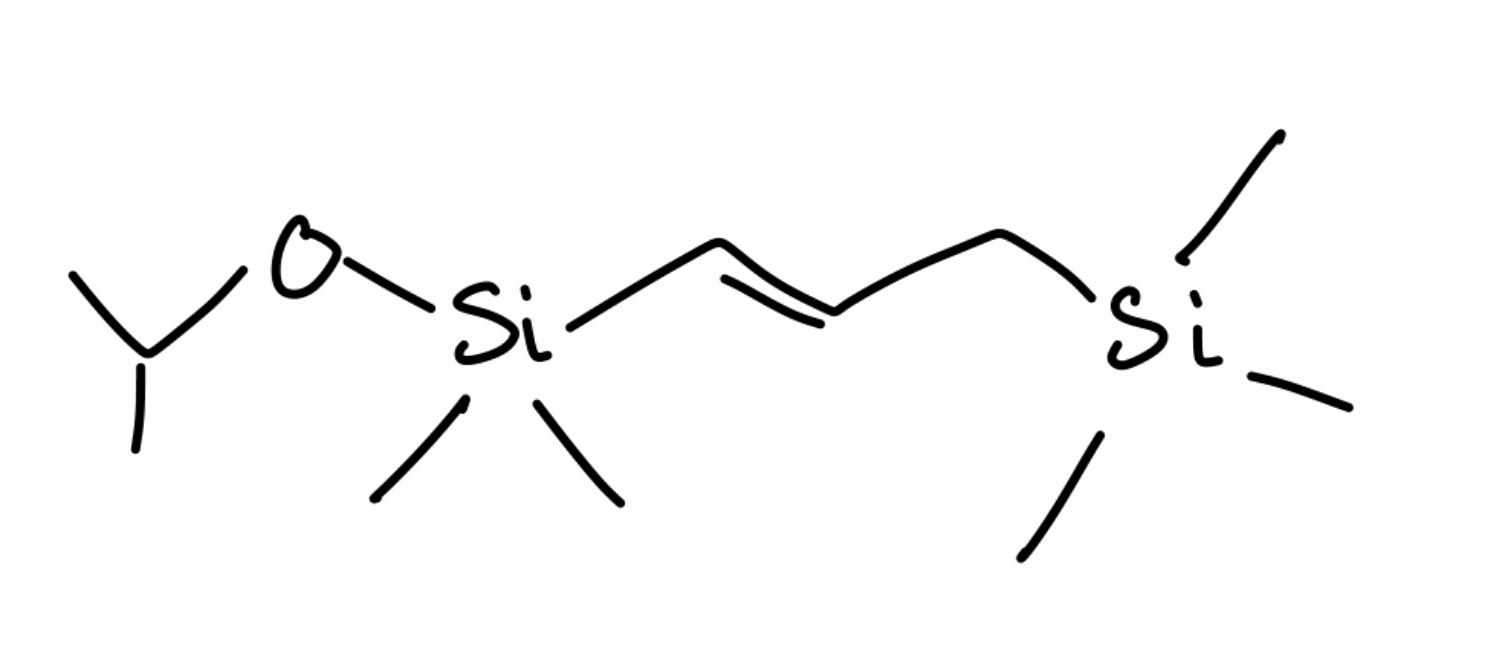
Simplified molecular-input line-entry system (SMILES) notation of the given molecule:
CC(C)O[Si](C)(C)/C=C/C[Si](C)(C)C